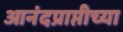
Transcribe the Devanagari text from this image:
आनंदप्राप्तीच्या